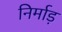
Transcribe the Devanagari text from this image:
निर्माड़